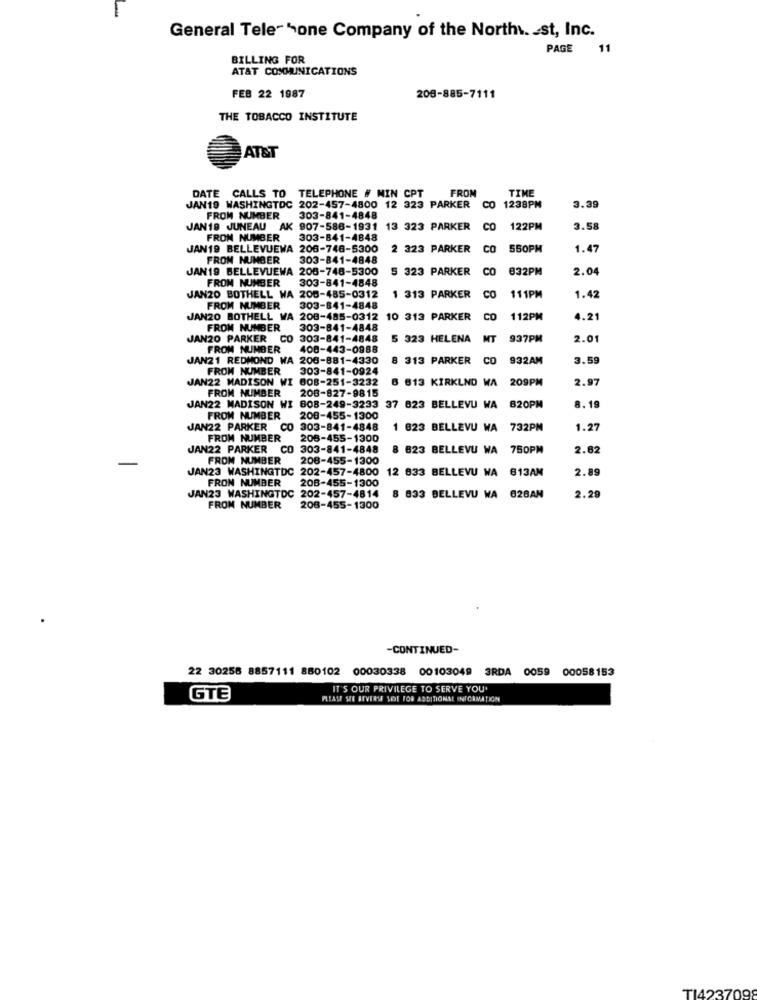
General Tele-5one Company of the North. . st, Inc.
PAGE 1
BILLING FOR
AT&T COMMUNICATIONS
FEB 22 1987
208-885-7111
THE TOBACCO INSTITUTE
AT&T
DATE CALLS TO TELEPHONE # NIN CPT
FROM
TIME
JAN19 WASHINGTOC 202-457-4800 12 323 PARKER
CO 1238PM
3.39
FROM NUMBER
303-841-4848
JAN18 JUNEAU AK 907-586-1931
13 323 PARKER
CO
122PM
3.58
FROM NUMBER
303-841-4848
JAN19 BELLEVUEWA 206-748-5300
2 323 PARKER
CO
550PM
1.47
FROM NUMBER
303-841-4848
JAN19 BELLEVUEWA 206-748-5300
5 323 PARKER
CO
832PM
2.04
FROM NUMBER
303-841-4848
CO
JANZO BOTHELL WA 208-485-0312
1 313 PARKER
111PM
1.42
FROM NUMBER
303-841-4848
JAN20 BOTHELL WA 208-485-0312
10 313 PARKER
CO
112PM
4.21
FROM NUMBER
303-841-4848
JAN20 PARKER CO 303-841-4848
5 323 HELENA
MT
937PM
2.01
FROM NUMBER
408-443-0988
JAN21 REDMOND WA 206-881-4330
8 313 PARKER CO 932AM
932AM
3.59
FROM NUMBER
303-841-0924
JAN22 MADISON WI 608-251-3232
6 613 KIRKLNO WA
209PM
2.97
FROM NUMBER
208-827-9815
JAN22 MADISON WI 808-249-3233 37 823 BELLEVU WA
B20PM
8.19
FROM NUMBER
200-455-1300
JAN22 PARKER
CO
303-841-4848
1 823 BELLEVU WA
732PM
1.27
FROM NUMBER
206-455-1300
JAN22 PARKER CO 303-841-4848
8 823 BELLEVU WA 750PM
2.62
FROM NUMBER
208-455-1300
JAN23 WASHINGTDC 202-457-4800 12 833 BELLEVU WA 813AM
2.89
FRON NUMBER
208-455-1300
JAN23 WASHINGTDC
202-457-4814
8 833 BELLEVU WA 628AN
2.29
FROM NUMBER
208-455-1300
-CONTINUED-
22 30258 8857111 880102 00030338 00103049 3RDA 0059
00058153
IT'S OUR PRIVILEGE TO SERVE YOU'
GTE
PLEASE SEE REVERSE MOT FOR ADDITIONAL INFORMATION
TI4237098